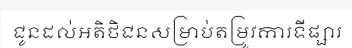
ជូនដល់អតិថិជនសម្រាប់តម្រូវការទីផ្សារ